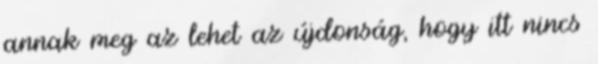
annak meg az lehet az újdonság, hogy itt nincs